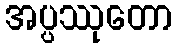
အပ္ပဿုတော